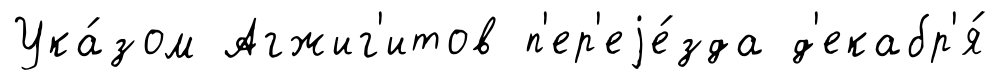
Ука́зом Агжиг'итов п'ер'еjе́зда д'екабр'я́